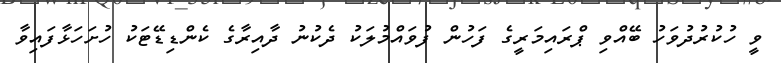
ވީ ހުކުރުދުވަހު ބޭއްވި ޕްރައިމަރީގެ ފަހުން ފުވައްމުލަކު ދެކުނު ދާއިރާގެ ކެންޑިޑޭޓަކު ހުށަހަޅާފައިވާ